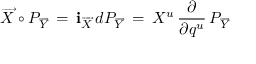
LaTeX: \overrightarrow { X } \circ { \cal P } _ { \overrightarrow { Y } } \, = \, { \bf i } _ { \overrightarrow { X } } \, d { \cal P } _ { \overrightarrow { Y } } \, = \, X ^ { u } \, { \frac { \partial } { \partial q ^ { u } } } \, { \cal P } _ { \overrightarrow { Y } } \,